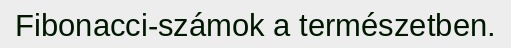
Fibonacci-számok a természetben.